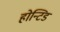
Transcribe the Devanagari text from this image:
होन्टिड